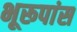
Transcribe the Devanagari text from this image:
भूरूपांस